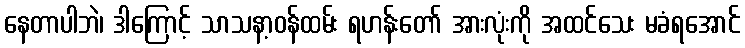
နေတာပါဘဲ၊ ဒါကြောင့် သာသနာ့ဝန်ထမ်း ရဟန်းတော် အားလုံးကို အထင်သေး မခံရအောင်